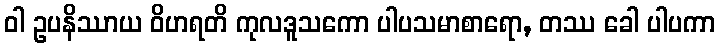
ဝါ ဥပနိဿာယ ဝိဟရတိ ကုလဒူသကော ပါပသမာစာရော, တဿ ခေါ ပါပကာ